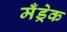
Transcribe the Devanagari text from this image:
मँड्रेक